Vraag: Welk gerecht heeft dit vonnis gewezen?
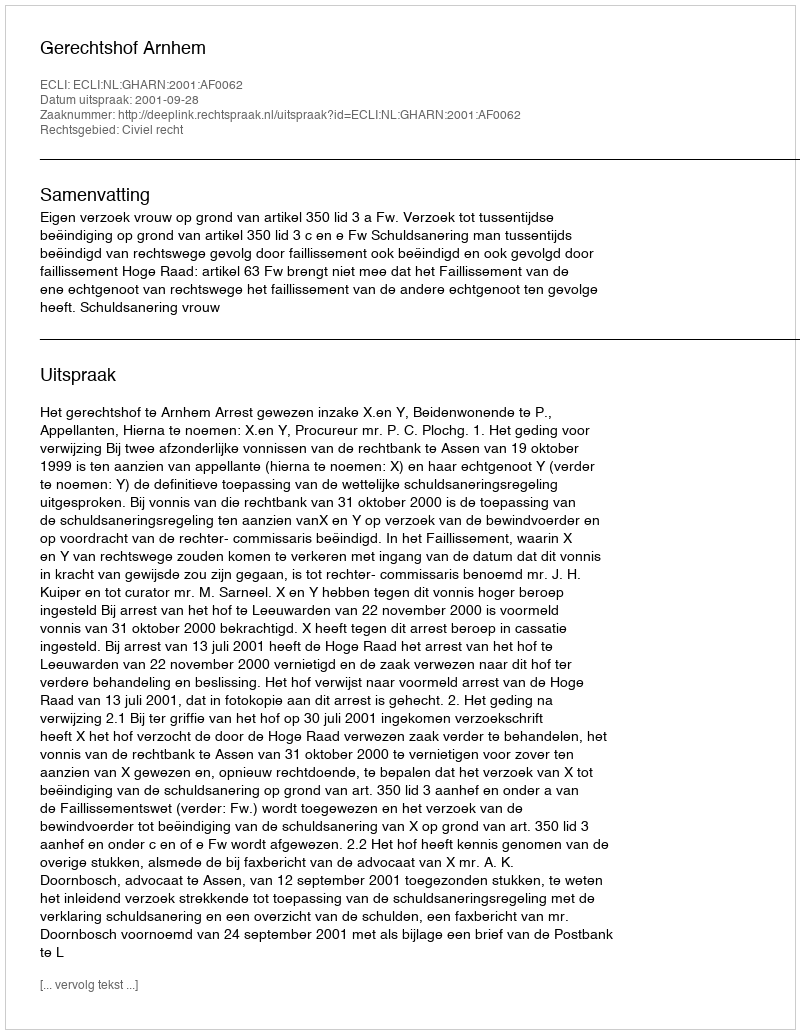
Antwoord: Gerechtshof Arnhem